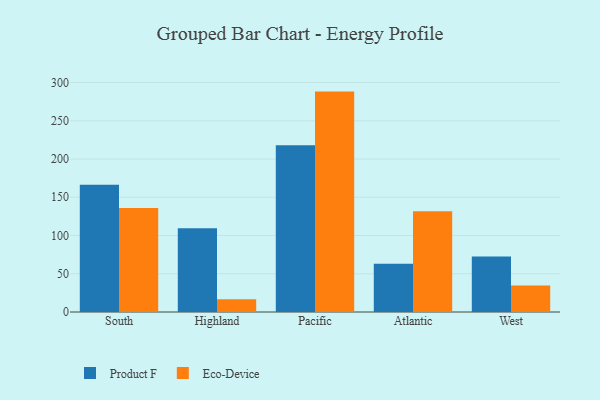
{"axis": {"x": "Region", "y": "Demand Index"}, "legend": ["Eco-Device", "Product F"], "data": [{"x": "South", "y": 166.3, "type": "Product F"}, {"x": "South", "y": 135.8, "type": "Eco-Device"}, {"x": "Highland", "y": 109.4, "type": "Product F"}, {"x": "Highland", "y": 16.8, "type": "Eco-Device"}, {"x": "Pacific", "y": 217.9, "type": "Product F"}, {"x": "Pacific", "y": 288.1, "type": "Eco-Device"}, {"x": "Atlantic", "y": 63.1, "type": "Product F"}, {"x": "Atlantic", "y": 131.6, "type": "Eco-Device"}, {"x": "West", "y": 72.7, "type": "Product F"}, {"x": "West", "y": 34.5, "type": "Eco-Device"}]}